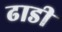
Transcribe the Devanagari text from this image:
ढाडी